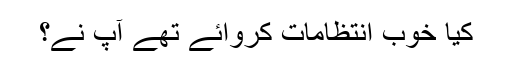
کیا خوب انتظامات کروائے تھے آپ نے؟